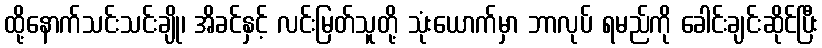
ထို့နောက်သင်းသင်းချို၊ အိခင်နှင့် လင်းမြတ်သူတို့ သုံးယောက်မှာ ဘာလုပ် ရမည်ကို ခေါင်းချင်းဆိုင်ပြီး